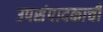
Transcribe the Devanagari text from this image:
उपसंपादकाची